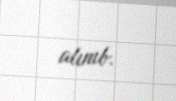
alınıb.